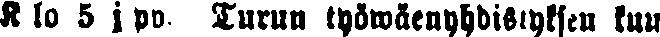
K lo 5 j pp. Turun työwäenyhdistyksen kuu